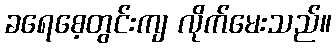
ခရေစေ့တွင်းကျ လိုက်မေးသည်။